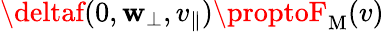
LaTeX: \deltaf(0,\mathbf{w}_{\perp},v_{\parallel})\proptoF_{\mathrm{{M}}}(v)